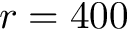
r = 4 0 0